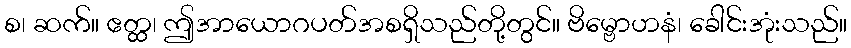
စ၊ ဆက်။ ဧတ္ထ၊ ဤအာယောဂပတ်အစရှိသည်တို့တွင်။ ဗိမ္ဗောဟနံ၊ ခေါင်းအုံးသည်။